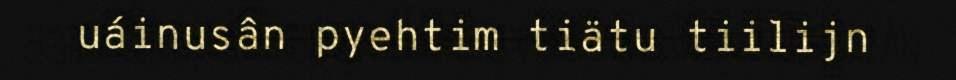
uáinusân pyehtim tiätu tiilijn